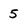
Character: 5